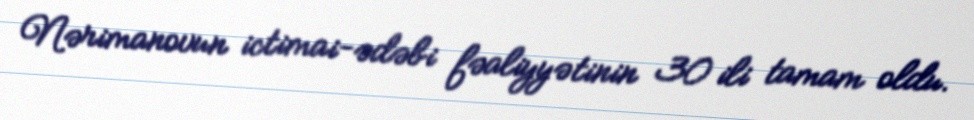
Nərimanovun ictimai-ədəbi fəaliyyətinin 30 ili tamam oldu.